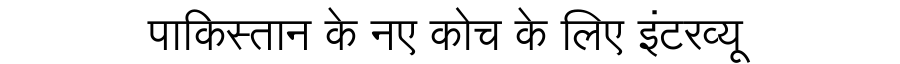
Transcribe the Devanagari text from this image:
पाकिस्तान के नए कोच के लिए इंटरव्यू